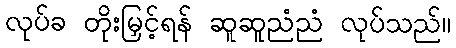
လုပ်ခ တိုးမြှင့်ရန် ဆူဆူညံညံ လုပ်သည်။